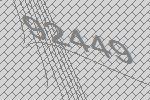
92449